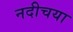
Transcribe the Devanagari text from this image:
नदीचया